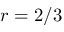
r = 2 / 3